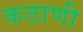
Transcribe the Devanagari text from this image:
कठाणी